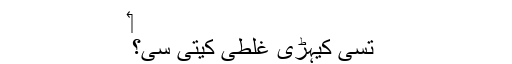
‏
تُسی کیہڑی غلطی کیتی سی؟